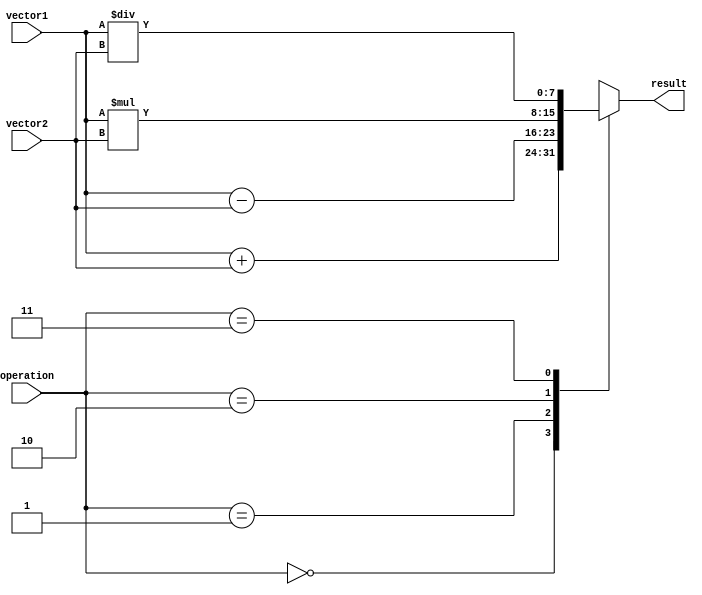
module VectorALU (
    input [7:0] vector1,
    input [7:0] vector2,
    input [1:0] operation,
    output reg [7:0] result
);

reg [7:0] temp_result;

always @(*) begin
    case(operation)
        2'b00: temp_result = vector1 + vector2; // Addition
        2'b01: temp_result = vector1 - vector2; // Subtraction
        2'b10: temp_result = vector1 * vector2; // Multiplication
        2'b11: temp_result = vector1 / vector2; // Division
    endcase
end

assign result = temp_result;

endmodule